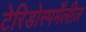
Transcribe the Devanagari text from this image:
टेरिडोस्पर्मेंलीज़